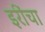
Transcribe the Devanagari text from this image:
इरींचा